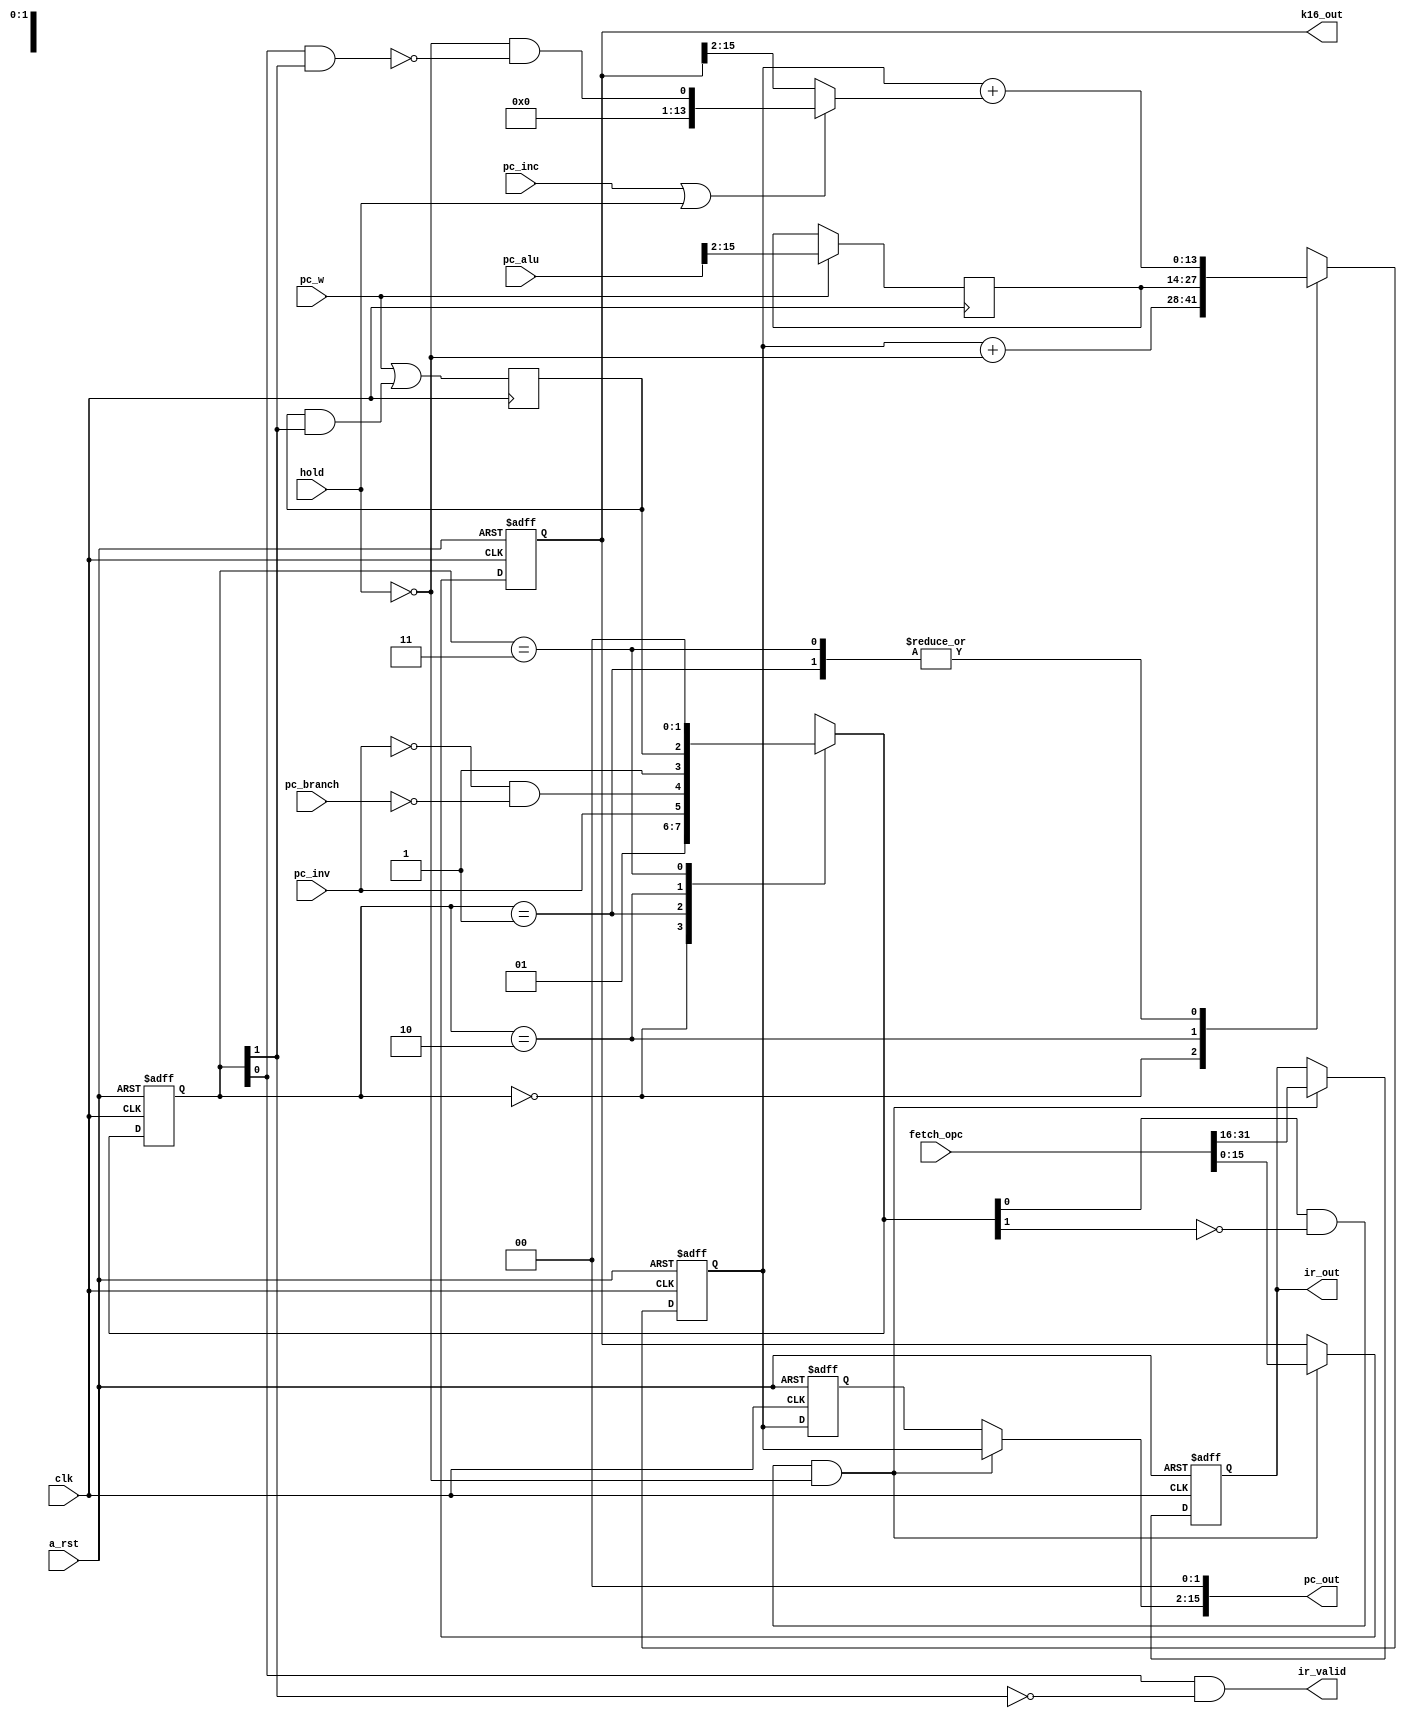
module fetch_unit(
    input   wire        clk,
    input   wire        a_rst,
    // memory
    input   wire[31:0]  fetch_opc,
    // memory & decoder
    input   wire        hold,
    // alu feedback
    input   wire        pc_w,
    input   wire[15:0]  pc_alu,
    // decoder
    input   wire        pc_inc,
    input   wire        pc_inv,
    input   wire        pc_branch,
    output  wire[15:0]  pc_out,
    output  wire[15:0]  ir_out,
    output  wire[15:0]  k16_out,
    output  wire        ir_valid
);

//Internal states encoded in two flip flops
reg[1:0] status;

//Current PC
reg[13:0] pc;
reg[13:0] pc_backup;

//New PC fetched from result bus
reg next_write;
reg[13:0] npc;

//Fetched instruction
reg[15:0] k16;
reg[15:0] ir;

always @(posedge clk) begin
    npc <= pc_w ? pc_alu[15:2] : npc;
    next_write <= pc_w | next_write & status[1];
end

reg[1:0] next_status;

always @(*) begin
    case(status)
    2'b00: next_status = 2'b01;
    2'b01: next_status = { pc_inv, ~pc_inv & ~pc_branch };
    2'b10: next_status = { 1'b1, next_write };
    2'b11: next_status = 2'b00;
    endcase
end

wire[13:0] inc_pc_amount = { 13'b0, ~hold & ~(status[0] & status[1]) };
wire[13:0] pc_addition = (pc_inc | hold) ? inc_pc_amount : k16[15:2];

wire next_status_high_0 = next_status[0];
wire next_status_high_1 = next_status[1];
wire next_status_is_11 = next_status_high_1 & next_status_high_0;
wire do_fetch = ( next_status_high_0 & ~next_status_high_1 ) & ~hold;
wire ready_mem = ~hold;

always @(posedge clk or negedge a_rst) begin
    if ( ~a_rst ) begin
        pc <= 14'b0;
        pc_backup <= 14'b0;
    end else begin
        pc_backup <= pc;
        case (status)
        2'b00: pc <= pc + ready_mem;
        2'b01: pc <= pc + pc_addition;
        2'b10: pc <= npc;
        2'b11: pc <= pc + pc_addition;
        endcase
    end
end

always @(posedge clk or negedge a_rst) begin
    if (~a_rst) begin
        status <= 2'b00;
    end else begin
        status <= next_status;
    end
end

always @(posedge clk or negedge a_rst) begin
    if ( ~a_rst ) begin
        ir <= 16'b0;
        k16 <= 16'b0;
    end else begin
        ir <= do_fetch ? fetch_opc[31:16] : ir;
        k16 <= do_fetch ? fetch_opc[15:0] : k16;
    end
end

assign pc_out = { do_fetch ? pc : pc_backup, 2'b0 };
assign ir_out = ir;
assign k16_out = k16;
assign ir_valid = status[0] & ~status[1];

endmodule